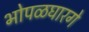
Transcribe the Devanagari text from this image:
भोपळघारगे